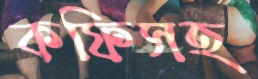
কফিসহ